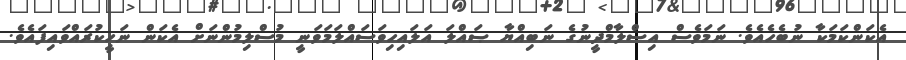
އެކަންކަމަކާ ނުބެހެއެވެ. ނަމަވެސް އިސްލާމްދީނުގެ ނަބިއްޔާ ޞައްލަ އަލައިހިވަސައްލަމަވަނީ މުސްލިމުންނަށް އެކަން ނަހީކުރައްވައިފައެވެ.